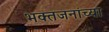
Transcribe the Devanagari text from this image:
भक्तजनांच्या